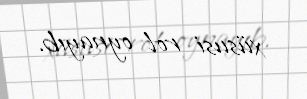
xüsusi rol oynayıb.